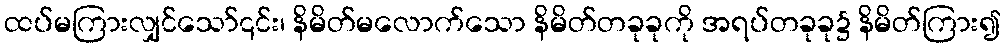
ထပ်မကြားလျှင်သော်၎င်း၊ နိမိတ်မလောက်သော နိမိတ်တခုခုကို အရပ်တခုခု၌ နိမိတ်ကြား၍